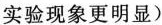
实验现象更明显)